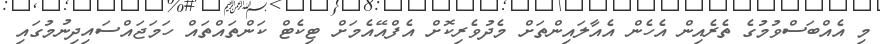
މި އެއްބަސްވުމުގެ ތެރެއިން އެހެން އެއާލައިންތަށް މެދުވެރިކޮށް އެފްއޭއެމަށް ޓިކެޓް ކަންތައްތައް ހަމަޖައްސައިިދިނުމުގައި